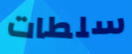
سلطات